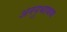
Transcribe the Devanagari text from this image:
अननुभाषण